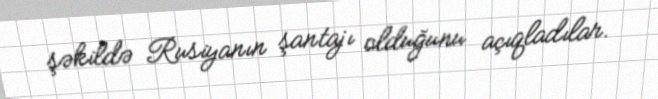
şəkildə Rusiyanın şantajı olduğunu açıqladılar.